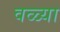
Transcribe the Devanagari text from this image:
वळ्या